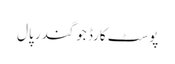
پوسٹ کارڈ جوگندر پال